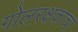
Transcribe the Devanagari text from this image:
गोलरक्षकाचा